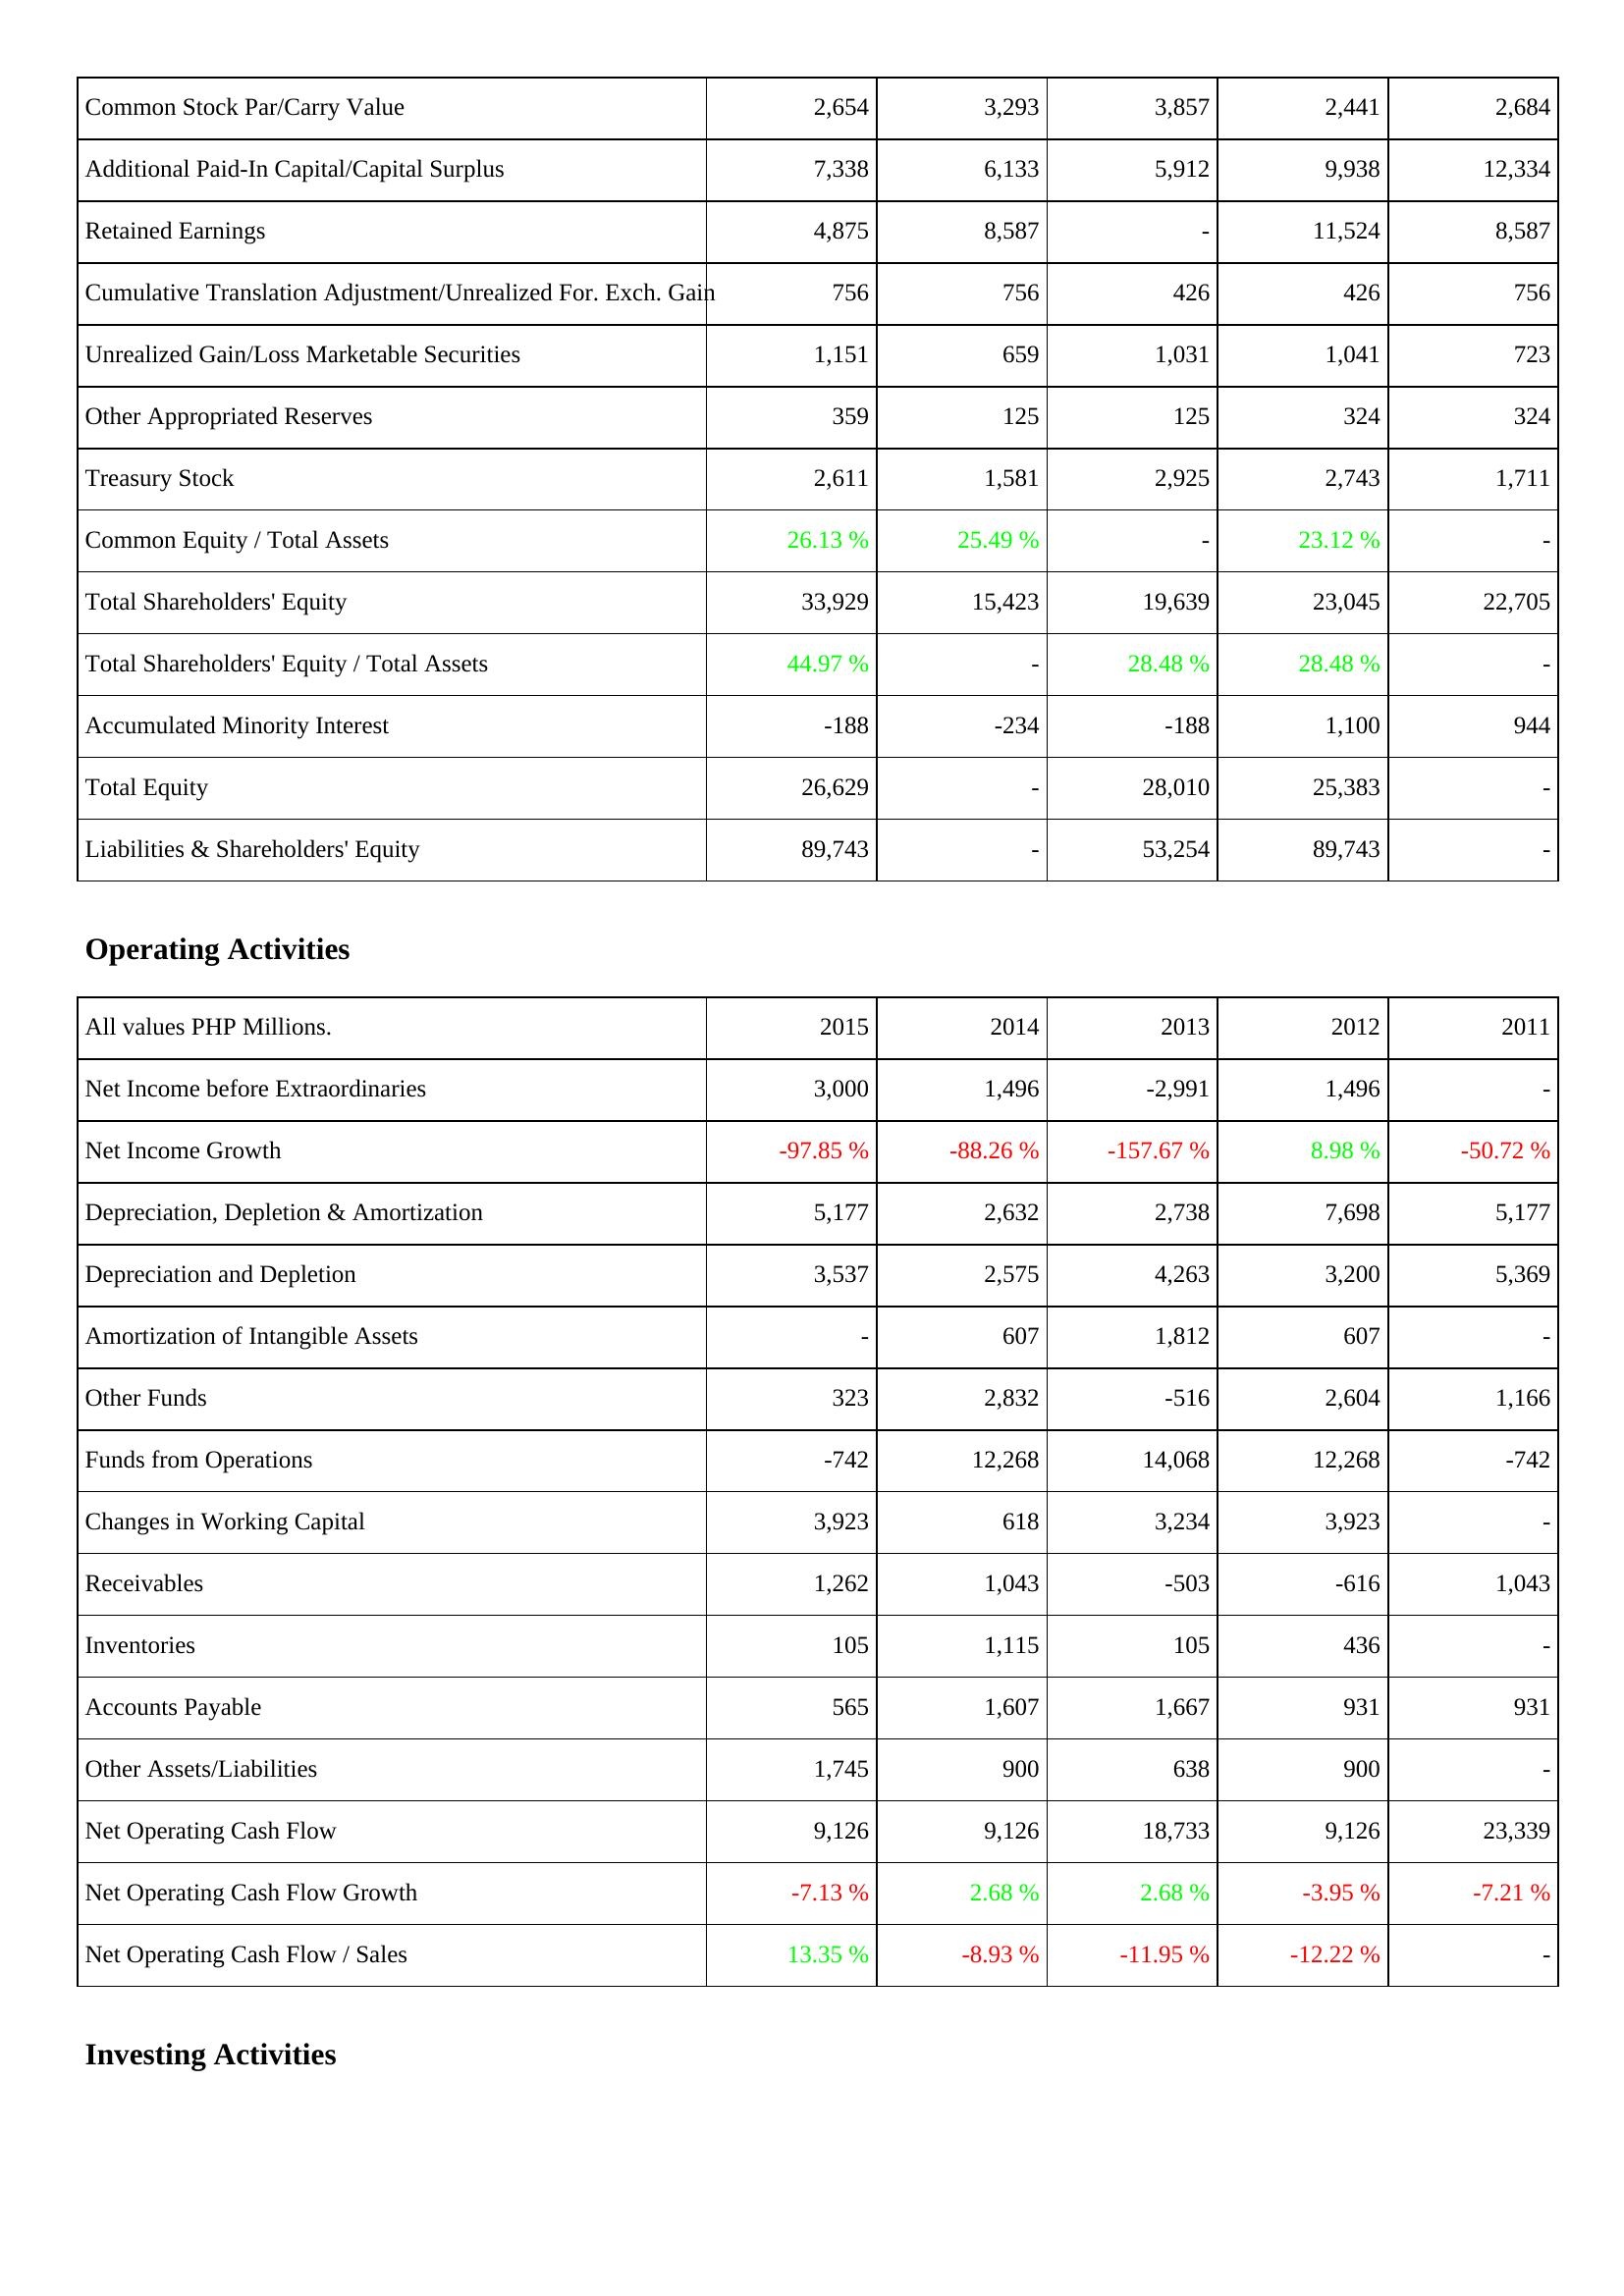
2015: Liabilities & Shareholders' Equity: Common Stock Par/Carry Value: 2,654
Additional Paid-In Capital/Capital Surplus: 7,338
Retained Earnings: 4,875
Cumulative Translation Adjustment/Unrealized For. Exch. Gain: 756
Unrealized Gain/Loss Marketable Securities: 1,151
Other Appropriated Reserves: 359
Treasury Stock: 2,611
Common Equity / Total Assets: 26.13 %
Total Shareholders' Equity: 33,929
Total Shareholders' Equity / Total Assets: 44.97 %
Accumulated Minority Interest: -188
Total Equity: 26,629
Liabilities & Shareholders' Equity: 89,743
Operating Activities: Net Income before Extraordinaries: 3,000
Net Income Growth: -97.85 %
Depreciation, Depletion & Amortization: 5,177
Depreciation and Depletion: 3,537
Amortization of Intangible Assets: -
Other Funds: 323
Funds from Operations: -742
Changes in Working Capital: 3,923
Receivables: 1,262
Inventories: 105
Accounts Payable: 565
Other Assets/Liabilities: 1,745
Net Operating Cash Flow: 9,126
Net Operating Cash Flow Growth: -7.13 %
Net Operating Cash Flow / Sales: 13.35 %
2014: Liabilities & Shareholders' Equity: Common Stock Par/Carry Value: 3,293
Additional Paid-In Capital/Capital Surplus: 6,133
Retained Earnings: 8,587
Cumulative Translation Adjustment/Unrealized For. Exch. Gain: 756
Unrealized Gain/Loss Marketable Securities: 659
Other Appropriated Reserves: 125
Treasury Stock: 1,581
Common Equity / Total Assets: 25.49 %
Total Shareholders' Equity: 15,423
Total Shareholders' Equity / Total Assets: -
Accumulated Minority Interest: -234
Total Equity: -
Liabilities & Shareholders' Equity: -
Operating Activities: Net Income before Extraordinaries: 1,496
Net Income Growth: -88.26 %
Depreciation, Depletion & Amortization: 2,632
Depreciation and Depletion: 2,575
Amortization of Intangible Assets: 607
Other Funds: 2,832
Funds from Operations: 12,268
Changes in Working Capital: 618
Receivables: 1,043
Inventories: 1,115
Accounts Payable: 1,607
Other Assets/Liabilities: 900
Net Operating Cash Flow: 9,126
Net Operating Cash Flow Growth: 2.68 %
Net Operating Cash Flow / Sales: -8.93 %
2013: Liabilities & Shareholders' Equity: Common Stock Par/Carry Value: 3,857
Additional Paid-In Capital/Capital Surplus: 5,912
Retained Earnings: -
Cumulative Translation Adjustment/Unrealized For. Exch. Gain: 426
Unrealized Gain/Loss Marketable Securities: 1,031
Other Appropriated Reserves: 125
Treasury Stock: 2,925
Common Equity / Total Assets: -
Total Shareholders' Equity: 19,639
Total Shareholders' Equity / Total Assets: 28.48 %
Accumulated Minority Interest: -188
Total Equity: 28,010
Liabilities & Shareholders' Equity: 53,254
Operating Activities: Net Income before Extraordinaries: -2,991
Net Income Growth: -157.67 %
Depreciation, Depletion & Amortization: 2,738
Depreciation and Depletion: 4,263
Amortization of Intangible Assets: 1,812
Other Funds: -516
Funds from Operations: 14,068
Changes in Working Capital: 3,234
Receivables: -503
Inventories: 105
Accounts Payable: 1,667
Other Assets/Liabilities: 638
Net Operating Cash Flow: 18,733
Net Operating Cash Flow Growth: 2.68 %
Net Operating Cash Flow / Sales: -11.95 %
2012: Liabilities & Shareholders' Equity: Common Stock Par/Carry Value: 2,441
Additional Paid-In Capital/Capital Surplus: 9,938
Retained Earnings: 11,524
Cumulative Translation Adjustment/Unrealized For. Exch. Gain: 426
Unrealized Gain/Loss Marketable Securities: 1,041
Other Appropriated Reserves: 324
Treasury Stock: 2,743
Common Equity / Total Assets: 23.12 %
Total Shareholders' Equity: 23,045
Total Shareholders' Equity / Total Assets: 28.48 %
Accumulated Minority Interest: 1,100
Total Equity: 25,383
Liabilities & Shareholders' Equity: 89,743
Operating Activities: Net Income before Extraordinaries: 1,496
Net Income Growth: 8.98 %
Depreciation, Depletion & Amortization: 7,698
Depreciation and Depletion: 3,200
Amortization of Intangible Assets: 607
Other Funds: 2,604
Funds from Operations: 12,268
Changes in Working Capital: 3,923
Receivables: -616
Inventories: 436
Accounts Payable: 931
Other Assets/Liabilities: 900
Net Operating Cash Flow: 9,126
Net Operating Cash Flow Growth: -3.95 %
Net Operating Cash Flow / Sales: -12.22 %
2011: Liabilities & Shareholders' Equity: Common Stock Par/Carry Value: 2,684
Additional Paid-In Capital/Capital Surplus: 12,334
Retained Earnings: 8,587
Cumulative Translation Adjustment/Unrealized For. Exch. Gain: 756
Unrealized Gain/Loss Marketable Securities: 723
Other Appropriated Reserves: 324
Treasury Stock: 1,711
Common Equity / Total Assets: -
Total Shareholders' Equity: 22,705
Total Shareholders' Equity / Total Assets: -
Accumulated Minority Interest: 944
Total Equity: -
Liabilities & Shareholders' Equity: -
Operating Activities: Net Income before Extraordinaries: -
Net Income Growth: -50.72 %
Depreciation, Depletion & Amortization: 5,177
Depreciation and Depletion: 5,369
Amortization of Intangible Assets: -
Other Funds: 1,166
Funds from Operations: -742
Changes in Working Capital: -
Receivables: 1,043
Inventories: -
Accounts Payable: 931
Other Assets/Liabilities: -
Net Operating Cash Flow: 23,339
Net Operating Cash Flow Growth: -7.21 %
Net Operating Cash Flow / Sales: -